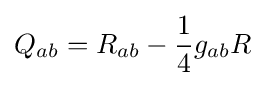
Q_{ab}=R_{ab}-{\frac {1}{4}}g_{ab}R